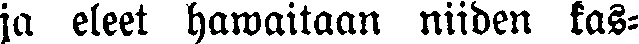
ja eleet hawaitaan niiden kas-